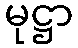
မုဋ္ဌာ